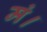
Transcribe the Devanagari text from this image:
मं।